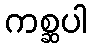
ကစ္ဆပါ